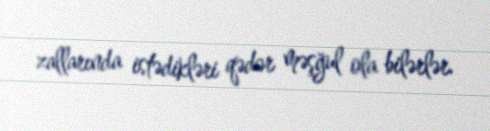
zallarında istədikləri qədər məşğul ola bilərlər.